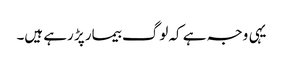
یہی وجہ ہے کہ لوگ بیمار پڑ رہے ہیں۔